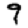
Digit: 9